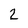
Character: 2